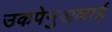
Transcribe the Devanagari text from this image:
उकपेनुअकाई